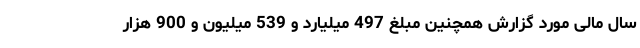
سال مالی مورد گزارش همچنین مبلغ 497 میلیارد و 539 میلیون و 900 هزار